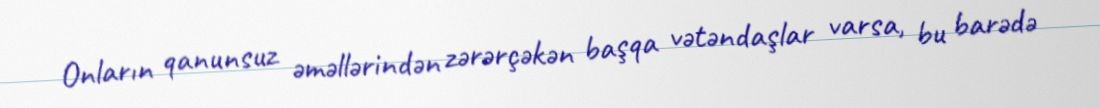
Onların qanunsuz əməllərindən zərərçəkən başqa vətəndaşlar varsa, bu barədə